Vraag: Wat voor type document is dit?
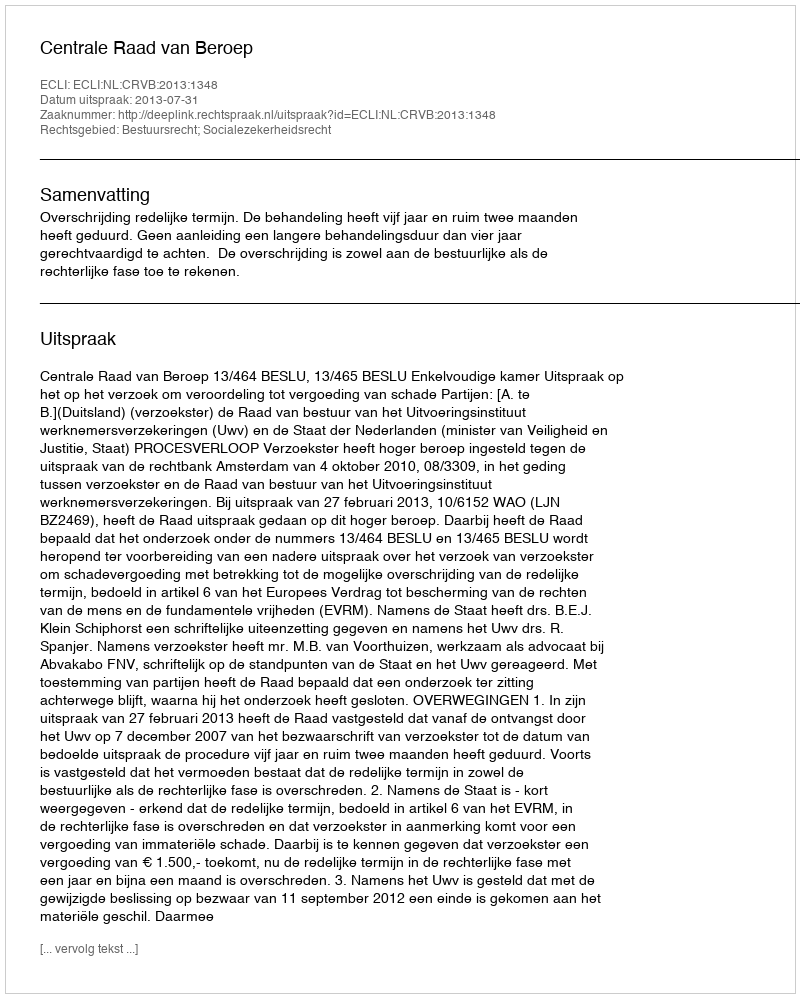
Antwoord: Uitspraak